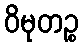
ဝိမုတဉ္စ